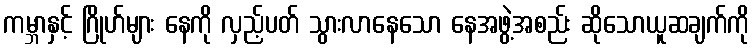
ကမ္ဘာနှင့် ဂြိုဟ်များ နေကို လှည့်ပတ် သွားလာနေသော နေအဖွဲ့အစည်း ဆိုသောယူဆချက်ကို